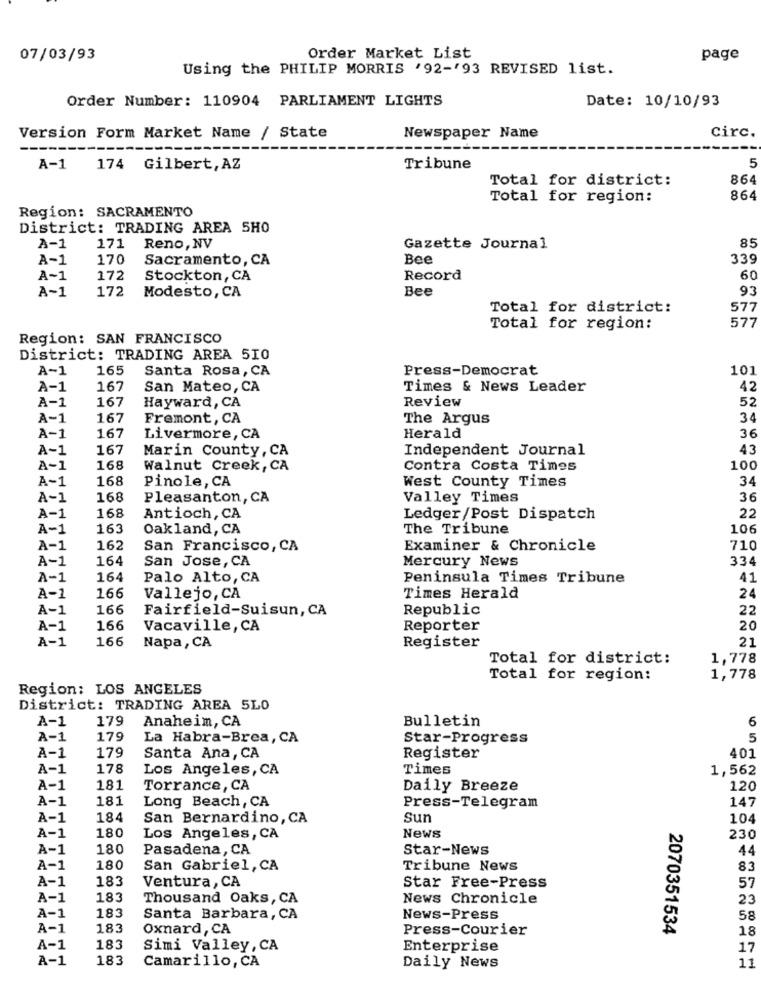
07/03/93
Order Market List
page
Using the PHILIP MORRIS '92-'93 REVISED list.
Order Number: 110904 PARLIAMENT LIGHTS
Date: 10/10/93
Circ.
Version Form Market Name / State
Newspaper Name
5
A-1
174 Gilbert, AZ
Tribune
Total for district:
864
Total for region:
864
Region: SACRAMENTO
District: TRADING AREA 5H0
85
A-1
171 Reno, NV
Gazette Journal
A-1
170
Sacramento, CA
Bee
339
A~1
172
Stockton, CA
Record
60
A~1
Bee
93
172
Modesto, CA
Total for district:
577
577
Total for region:
Region: SAN FRANCISCO
District: TRADING AREA 510
A-1
165
Santa Rosa, CA
Press-Democrat
101
A-1
167
San Mateo, CA
Times & News Leader
42
A-1
167
Review
52
Hayward, CA
A-1
167
Fremont, CA
The Argus
34
A-1
167
Livermore, CA
Herald
36
A-1
167
Marin County, CA
Independent Journal
43
A-1
168
Walnut Creek, CA
Contra Costa Times
100
A-1
168
Pinole, CA
West County Times
34
A-1
168
Pleasanton, CA
Valley Times
36
168
22
A-1
Antioch, CA
Ledger/Post Dispatch
A-1
163
Oakland, CA
The Tribune
106
A-1
162
San Francisco, CA
Examiner & Chronicle
710
A-1
164
San Jose, CA
Mercury News
334
A-1
164
Palo Alto, CA
Peninsula Times Tribune
41
24
A-1
166
Vallejo, CA
Times Herald
A-1
166
Fairfield-Suisun, CA
Republic
22
A-1
166
Vacaville, CA
Reporter
20
A-1
166
21
Napa, CA
Register
Total for district:
1,778
Total for region:
1,778
Region: LOS ANGELES
District: TRADING AREA 5LO
A-1
179
Anaheim, CA
Bulletin
6
A-1
179
La Habra-Brea, CA
Star-Progress
5
179
A-1
Santa Ana, CA
Register
401
A-1
178
Los Angeles, CA
Times
1,562
A-1
181
Torrance, CA
Daily Breeze
120
A-1
181
Long Beach, CA
147
Press-Telegram
A-1
184
San Bernardino, CA
Sun
104
A-1
180
Los Angeles, CA
News
230
A-1
180
Pasadena, CA
Star-News
44
A-1
180
San Gabriel, CA
Tribune News
83
A-1
183
57
Ventura, CA
Star Free-Press
A-1
183
Thousand Oaks, CA
News Chronicle
23
A-1
183
Santa Barbara, CA
News-Press
58
A-1
183
Oxnard, CA
Press-Courier
2070351534
18
A-1
183
Simi Valley, CA
Enterprise
17
A-1
183
Camarillo, CA
11
Daily News